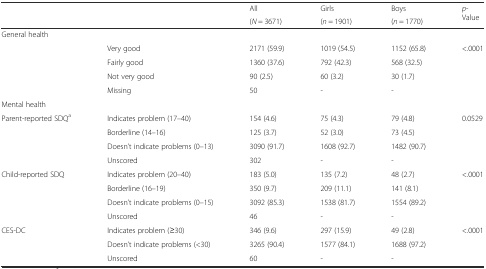
<table><thead><tr><td rowspan="2"></td><td rowspan="2"></td><td><b>All</b></td><td><b>Girls</b></td><td><b>Boys</b></td><td rowspan="2"><b><i>p</i>-Value</b></td></tr><tr><td><b>(<i>N</i> = 3671)</b></td><td><b>(<i>n</i> = 1901)</b></td><td><b>(<i>n</i> = 1770)</b></td></tr></thead><tbody><tr><td>General health</td><td></td><td></td><td></td><td></td><td></td></tr><tr><td></td><td>Very good</td><td>2171 (59.9)</td><td>1019 (54.5)</td><td>1152 (65.8)</td><td>&lt;.0001</td></tr><tr><td></td><td>Fairly good</td><td>1360 (37.6)</td><td>792 (42.3)</td><td>568 (32.5)</td><td></td></tr><tr><td></td><td>Not very good</td><td>90 (2.5)</td><td>60 (3.2)</td><td>30 (1.7)</td><td></td></tr><tr><td></td><td>Missing</td><td>50</td><td>-</td><td>-</td><td></td></tr><tr><td>Mental health</td><td></td><td></td><td></td><td></td><td></td></tr><tr><td>Parent-reported SDQ<sup>a</sup></td><td>Indicates problem (17–40)</td><td>154 (4.6)</td><td>75 (4.3)</td><td>79 (4.8)</td><td>0.0529</td></tr><tr><td></td><td>Borderline (14–16)</td><td>125 (3.7)</td><td>52 (3.0)</td><td>73 (4.5)</td><td></td></tr><tr><td></td><td>Doesn’t indicate problems (0–13)</td><td>3090 (91.7)</td><td>1608 (92.7)</td><td>1482 (90.7)</td><td></td></tr><tr><td></td><td>Unscored</td><td>302</td><td>-</td><td>-</td><td></td></tr><tr><td>Child-reported SDQ</td><td>Indicates problem (20–40)</td><td>183 (5.0)</td><td>135 (7.2)</td><td>48 (2.7)</td><td>&lt;.0001</td></tr><tr><td></td><td>Borderline (16–19)</td><td>350 (9.7)</td><td>209 (11.1)</td><td>141 (8.1)</td><td></td></tr><tr><td></td><td>Doesn’t indicate problems (0–15)</td><td>3092 (85.3)</td><td>1538 (81.7)</td><td>1554 (89.2)</td><td></td></tr><tr><td></td><td>Unscored</td><td>46</td><td>-</td><td>-</td><td></td></tr><tr><td>CES-DC</td><td>Indicates problem (≥30)</td><td>346 (9.6)</td><td>297 (15.9)</td><td>49 (2.8)</td><td>&lt;.0001</td></tr><tr><td></td><td>Doesn’t indicate problems (&lt;30)</td><td>3265 (90.4)</td><td>1577 (84.1)</td><td>1688 (97.2)</td><td></td></tr><tr><td></td><td>Unscored</td><td>60</td><td>-</td><td>-</td><td></td></tr></tbody></table>